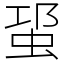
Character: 𧊡